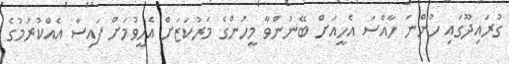
ގުރައިދޫގައި ހުންނަ ހާއްސަ އެހީއަށް ބޭނުންވާ މީހުންގެ މަރުކަޒަށް އެހީވުމަށް ފައިސާ އެއްކުރުމުގެ